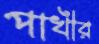
পাখীর